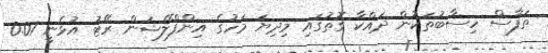
ތަފާސް ހިސާބުތަކުން ދައްކާ ގޮތުގައި މިދިޔަ މަހުގެ އިންފްލޭޝަން ރޭޓު އުޅެނީ 0.07